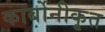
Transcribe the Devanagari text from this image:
कार्बोनीकृत